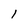
Character: l